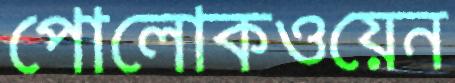
পোলোকওয়েন